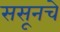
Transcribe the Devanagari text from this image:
ससूनचे